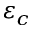
\varepsilon _ { c }